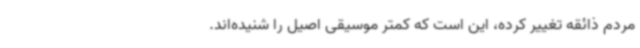
مردم ذائقه تغییر کرده، این است که کمتر موسیقی اصیل را شنیده‌اند.